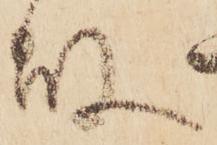
故